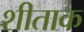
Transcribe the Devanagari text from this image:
शीताक